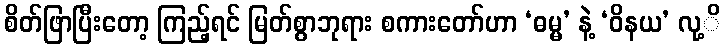
စိတ်ဖြာပြီးတော့ ကြည့်ရင် မြတ်စွာဘုရား စကားတော်ဟာ ‘ဓမ္မ’ နဲ့ ‘ဝိနယ’ လု့ိ